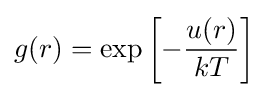
g(r)=\exp \left[-{\frac {u(r)}{kT}}\right]